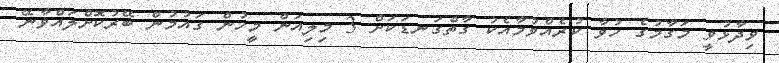
ވިދާޅުވީ މަގާމުގެ ހުވާ ކުރެއްވުމާއެކު ގާތްގަނޑަކަށް 3 މިލިއަން މީހުން ގައުމުން ބޭރުކޮށްލައްވާނޭ